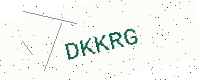
Text: DKKRG